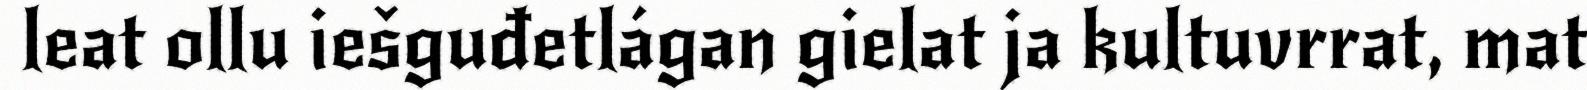
leat ollu iešguđetlágan gielat ja kultuvrrat, mat